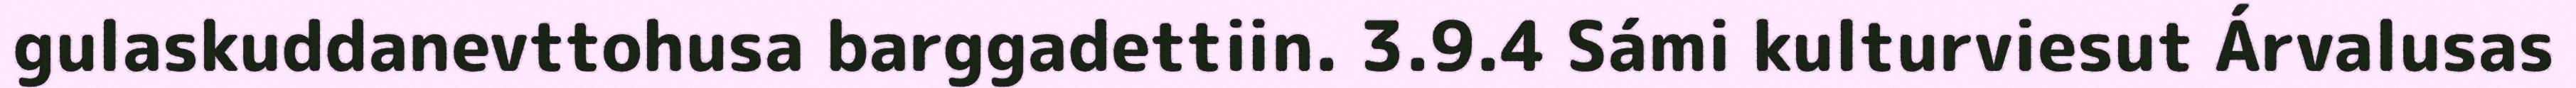
gulaskuddanevttohusa barggadettiin. 3.9.4 Sámi kulturviesut Árvalusas